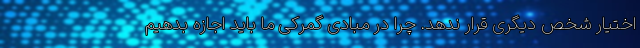
اختیار شخص دیگری قرار ندهد. چرا در مبادی گمرکی ما باید اجازه بدهیم